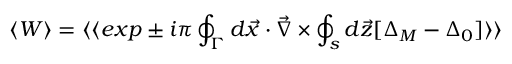
\langle W \rangle = \langle \langle e x p \pm i \pi \oint _ { \Gamma } d \vec { x } \cdot \vec { \nabla } \times \oint _ { s } d \vec { z } [ \Delta _ { M } - \Delta _ { 0 } ] \rangle \rangle